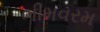
ભીમવરમ